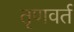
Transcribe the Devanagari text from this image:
तृणवर्त